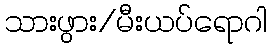
သားဖွား/မီးယပ်ရောဂါ